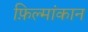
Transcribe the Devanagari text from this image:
फ़िल्मांकान